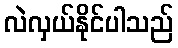
လဲလှယ်နိုင်ပါသည်